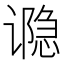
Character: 𮙊